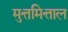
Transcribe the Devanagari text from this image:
मुत्तमित्ताल